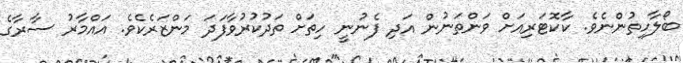
ބޯލާހިތުންނެވެ. ކާކޮޓަރިއަށް ވަންތަނުން އަދި ފެނުނީ ހިތަށް ތަދުކުރުވާފަދަ މަންޒަރެކެވެ. އައްމާރު ސާރާގެ